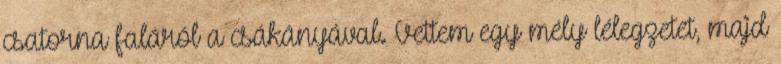
csatorna faláról a csákányával. Vettem egy mély lélegzetet, majd